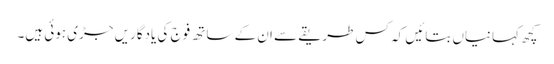
کچھ کہانیاں بتائیں کہ کس طریقے سے ان کے ساتھ فوج کی یادگاریں جڑی ہوئی ہیں۔